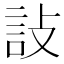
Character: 𬢟